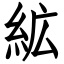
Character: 絋